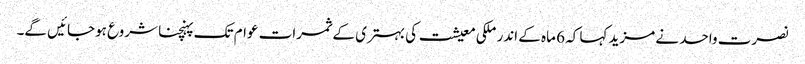
نصرت واحد نے مزید کہا کہ 6 ماہ کے اندر ملکی معیشت کی بہتری کے ثمرات عوام تک پہنچنا شروع ہوجائیں گے۔